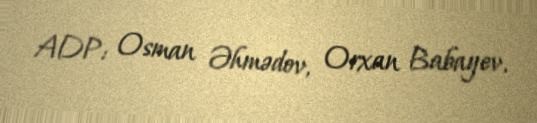
ADP: Osman Əhmədov, Orxan Babayev.